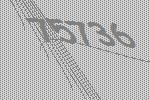
75736